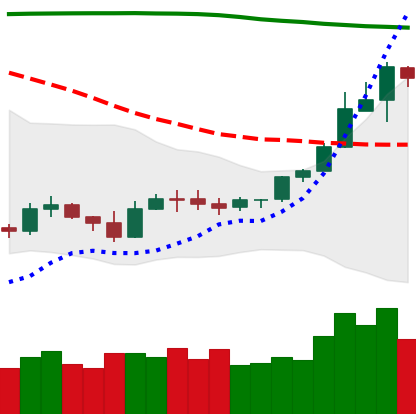
Ticker: ETH-USD
Chart end date: 2019-09-20
Forward return: -21.627%
Label: down_7plus